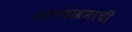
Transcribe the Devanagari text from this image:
आनंदाश्रमाची